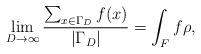
LaTeX: \begin{align*}\lim_{D \rightarrow \infty}\frac{\sum_{x\in \Gamma_D}f(x)}{|\Gamma_D|} = \int_F f\rho,\end{align*}